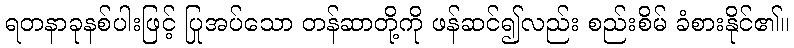
ရတနာခုနစ်ပါးဖြင့် ပြုအပ်သော တန်ဆာတို့ကို ဖန်ဆင်၍လည်း စည်းစိမ် ခံစားနိုင်၏။